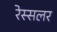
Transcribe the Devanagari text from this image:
रेस्सलर